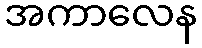
အကာလေန